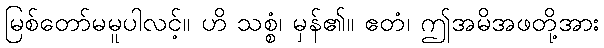
မြစ်တော်မမူပါလင့်။ ဟိ သစ္စံ၊ မှန်၏။ ဧတံ၊ ဤအမိအဖတို့အား